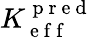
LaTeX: K_{\mathrm{~e~f~f~}}^{\mathrm{~p~r~e~d~}}